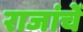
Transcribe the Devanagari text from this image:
राजांचें